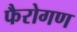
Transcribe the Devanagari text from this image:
फैरोगण